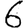
Digit: 6